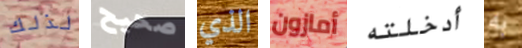
لذلك صحيح الذي أمازون أدخلته به